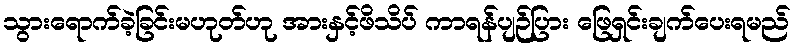
သွားရောက်ခဲ့ခြင်းမဟုတ်ဟု အားနှင့်ဖိသိပ် ကာရန်ပျဉ်ပြား ဖြေရှင်းချက်ပေးရမည်